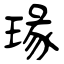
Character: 瑑